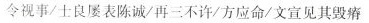
令视事/士良屡表陈诚/再三不许/方应命/文宣见其毁瘠